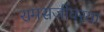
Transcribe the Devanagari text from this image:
रामसंजीवरया